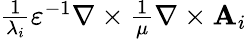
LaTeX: \begin{array}{r}{\frac{1}{\lambda_{i}}\varepsilon^{-1}\nabla\times\frac{1}{\mu}\nabla\times\mathbf{A}_{i}}\end{array}